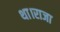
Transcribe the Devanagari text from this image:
था।राजा